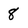
Character: 8